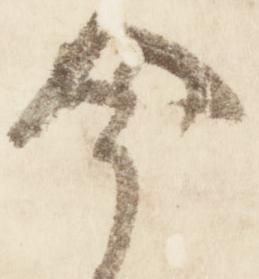
今